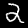
Digit: 2